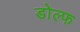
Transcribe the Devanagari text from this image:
डोल्फ